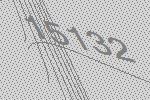
15132